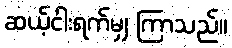
ဆယ့်ငါးရက်မျှ ကြာသည်။